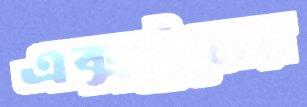
এক্সট্রমের